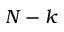
N - k